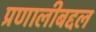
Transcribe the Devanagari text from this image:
प्रणालीबद्दल